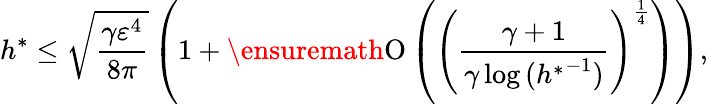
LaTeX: h^{\ast}\leq\sqrt[]{\frac{\gamma\varepsilon^{4}}{8\pi}}\left(1+\ensuremath{\operatorname{O}\left(\left(\frac{\gamma+1}{\gamma\log{({h^{\ast}}^{-1})}}\right)^{\frac{1}{4}}\right)}\right),